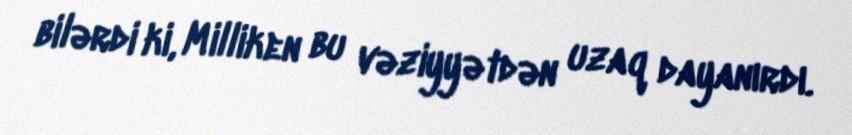
bilərdi ki, Milliken bu vəziyyətdən uzaq dayanırdı.